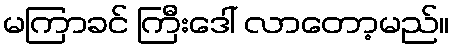
မကြာခင် ကြီးဒေါ် လာတော့မည်။